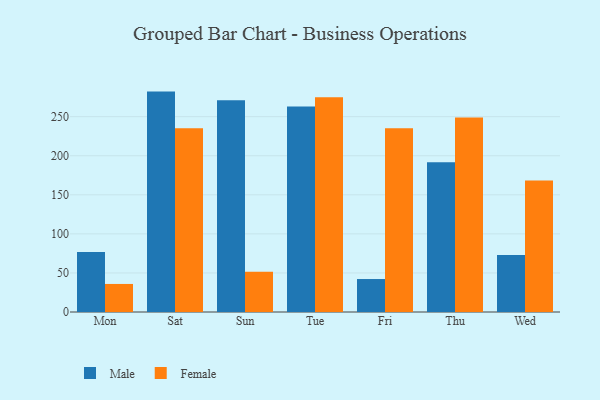
{"axis": {"x": "Day", "y": "Customer Acquisition Cost (USD)"}, "legend": ["Female", "Male"], "data": [{"x": "Mon", "y": 76.8, "type": "Male"}, {"x": "Mon", "y": 35.9, "type": "Female"}, {"x": "Sat", "y": 282.1, "type": "Male"}, {"x": "Sat", "y": 235.1, "type": "Female"}, {"x": "Sun", "y": 271.1, "type": "Male"}, {"x": "Sun", "y": 51.6, "type": "Female"}, {"x": "Tue", "y": 262.9, "type": "Male"}, {"x": "Tue", "y": 274.8, "type": "Female"}, {"x": "Fri", "y": 42.2, "type": "Male"}, {"x": "Fri", "y": 235.2, "type": "Female"}, {"x": "Thu", "y": 191.6, "type": "Male"}, {"x": "Thu", "y": 248.8, "type": "Female"}, {"x": "Wed", "y": 72.8, "type": "Male"}, {"x": "Wed", "y": 168.2, "type": "Female"}]}